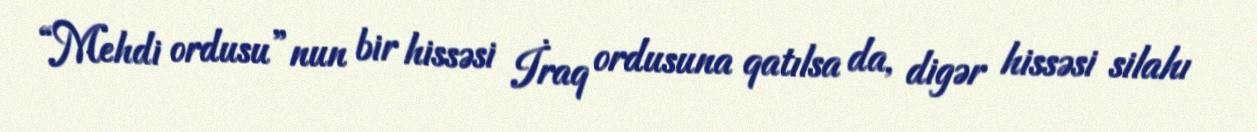
“Mehdi ordusu”nun bir hissəsi İraq ordusuna qatılsa da, digər hissəsi silahı